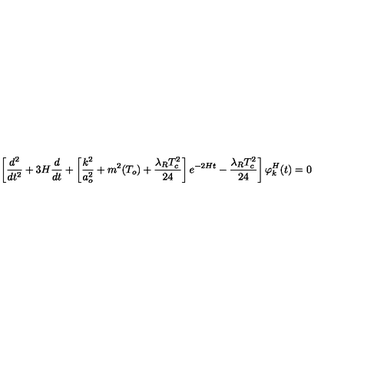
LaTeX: \left[ \frac { d ^ { 2 } } { d t ^ { 2 } } + 3 H \frac { d } { d t } + \left[ \frac { k ^ { 2 } } { a _ { o } ^ { 2 } } + m ^ { 2 } ( T _ { o } ) + \frac { \lambda _ { R } T _ { c } ^ { 2 } } { 2 4 } \right] e ^ { - 2 H t } - \frac { \lambda _ { R } T _ { c } ^ { 2 } } { 2 4 } \right] \varphi _ { k } ^ { H } ( t ) = 0